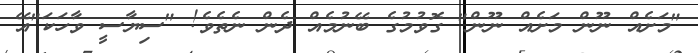
"މަށެއް ނޫން މަށެއް ނޫން" ގޮވުމުގެ ބޭނުމެއް ދެން ނެތެވެ! "ސިޔާސީ ވާހަކަ"އޭ